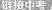
链接中考